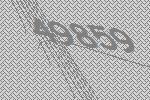
49859